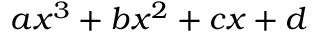
a x ^ { 3 } + b x ^ { 2 } + c x + d